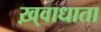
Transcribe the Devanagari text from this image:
ख़्वाधाता